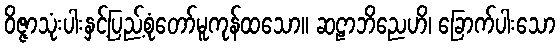
ဝိဇ္ဇာသုံးပါးနှင့်ပြည့်စုံတော်မူကုန်ထသော။ ဆဠာဘိညေဟိ၊ ခြောက်ပါးသော